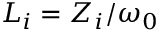
L _ { i } = Z _ { i } / \omega _ { 0 }